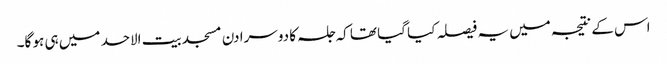
اس کے نتیجہ میں یہ فیصلہ کیا گیا تھا کہ جلسہ کا دوسرا دن مسجد بیت الاحد میں ہی ہو گا۔